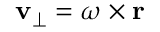
\mathbf { v } _ { \perp } = { \boldsymbol { \omega } } \times \mathbf { r }